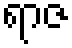
ရာဇ